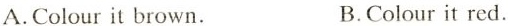
A.Colour it brown. B.Colour it red.